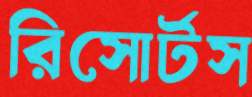
রিসোর্টস